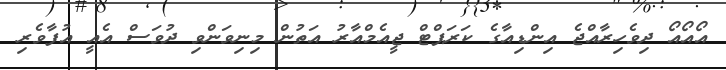
އޯއޯއޯ ދިވެހިރާއްޖެ އިންޑިއާގެ ކަރަޕްޓް ޖީއެމްއާރު އަތުން މިނިވަންވި ދުވަސް އެއީ އުފާވެރި